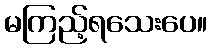
မကြည့်ရသေးပေ။